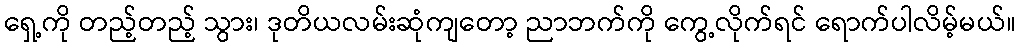
ရှေ့ကို တည့်တည့် သွား၊ ဒုတိယလမ်းဆုံကျတော့ ညာဘက်ကို ကွေ့လိုက်ရင် ရောက်ပါလိမ့်မယ်။